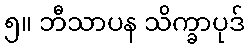
၅။ ဘီသာပန သိက္ခာပုဒ်